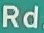
Rd